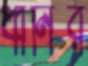
ধ্বনির